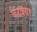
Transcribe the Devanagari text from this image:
बरक्या